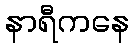
နာရီကနေ